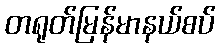
တရုတ်မြန်မာနယ်စပ်